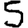
Digit: 5